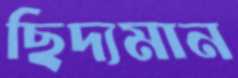
ছিদ্যমান